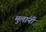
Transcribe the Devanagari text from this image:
मुलांनीं